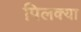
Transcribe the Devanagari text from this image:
पिलक्या